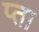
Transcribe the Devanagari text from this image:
प्ता